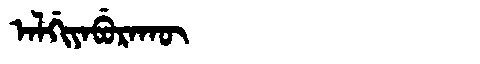
Manchu: ᠠᠯᡤᡳᠶᠠᠪᡠᡵᠠᡴᡡ
Romanization: ALGIYABURAKŪ